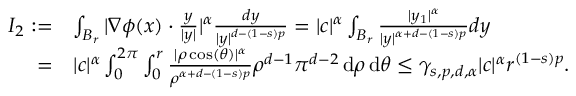
\begin{array} { r l } { I _ { 2 } : = } & { \int _ { B _ { r } } | \nabla \phi ( x ) \cdot \frac { y } { | y | } | ^ { \alpha } \frac { d y } { | y | ^ { d - ( 1 - s ) p } } = | c | ^ { \alpha } \int _ { B _ { r } } \frac { | y _ { 1 } | ^ { \alpha } } { | y | ^ { \alpha + d - ( 1 - s ) p } } d y } \\ { = } & { | c | ^ { \alpha } \int _ { 0 } ^ { 2 \pi } \int _ { 0 } ^ { r } \frac { | \rho \cos ( \theta ) | ^ { \alpha } } { \rho ^ { \alpha + d - ( 1 - s ) p } } \rho ^ { d - 1 } \pi ^ { d - 2 } \, \mathrm { d } \rho \, \mathrm { d } \theta \leq \gamma _ { s , p , d , \alpha } | c | ^ { \alpha } r ^ { ( 1 - s ) p } . } \end{array}